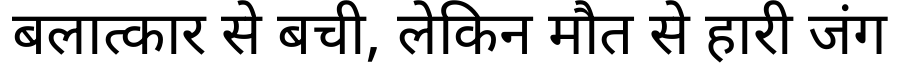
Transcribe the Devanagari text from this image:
बलात्कार से बची, लेकिन मौत से हारी जंग